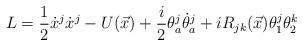
LaTeX: \begin{align*}L=\displaystyle\frac{1}{2} \dot{x}^j \dot{x}^j-U(\vec{x})+\displaystyle\frac{i}{2} \theta^j_a \dot{\theta}^j_a+i R_{jk}(\vec{x}) \theta^j_1 \theta^k_2\end{align*}